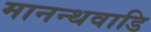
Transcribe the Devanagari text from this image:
मानन्थवाडि